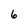
Character: 6